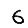
Digit: 6